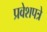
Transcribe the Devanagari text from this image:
प्रवेशपत्रे